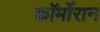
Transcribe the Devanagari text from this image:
कॉर्मोरान